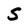
Character: S